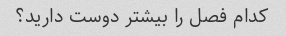
کدام فصل را بیشتر دوست دارید؟